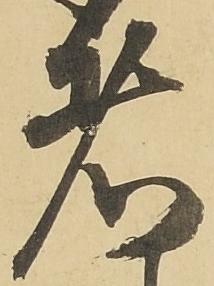
者